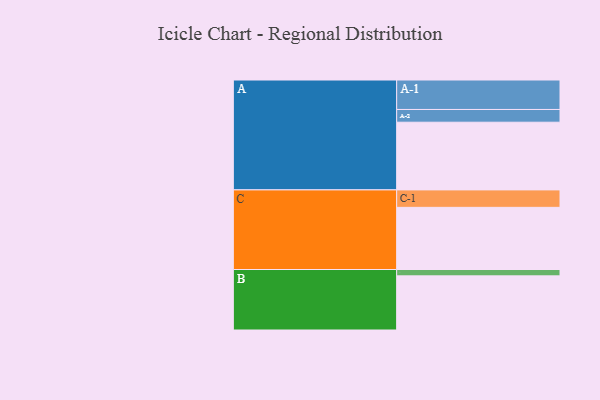
{"axis": {"x": "Segment", "y": "Value"}, "legend": ["", "A", "B", "C"], "data": [{"x": "A", "y": 574, "type": ""}, {"x": "B", "y": 459, "type": ""}, {"x": "C", "y": 527, "type": ""}, {"x": "A-1", "y": 250, "type": "A"}, {"x": "A-2", "y": 108, "type": "A"}, {"x": "B-1", "y": 54, "type": "B"}, {"x": "C-1", "y": 148, "type": "C"}]}